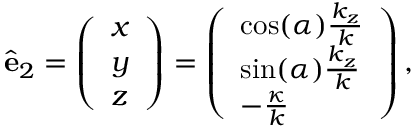
\hat { \mathbf { e } } _ { 2 } = \left( \begin{array} { l } { x } \\ { y } \\ { z } \end{array} \right) = \left( \begin{array} { l } { \cos ( \alpha ) \frac { k _ { z } } { k } } \\ { \sin ( \alpha ) \frac { k _ { z } } { k } } \\ { - \frac { \kappa } { k } } \end{array} \right) ,